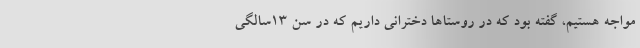
مواجه هستیم، گفته بود که در روستاها دخترانی داریم که در سن ۱۳سالگی